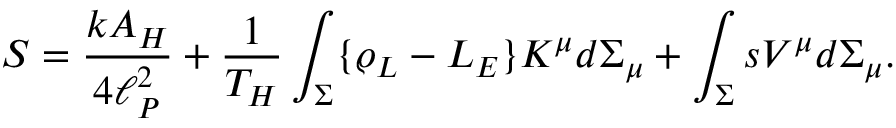
S = { \frac { k A _ { H } } { 4 \ell _ { P } ^ { 2 } } } + { \frac { 1 } { T _ { H } } } \int _ { \Sigma } \{ \varrho _ { L } - { \cal L } _ { E } \} K ^ { \mu } d \Sigma _ { \mu } + \int _ { \Sigma } s V ^ { \mu } d \Sigma _ { \mu } .